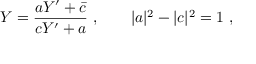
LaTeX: Y = { \frac { a Y ^ { \prime } + \bar { c } } { c Y ^ { \prime } + a } } \ , \qquad | a | ^ { 2 } - | c | ^ { 2 } = 1 \ ,